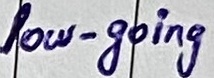
Text: pulse, 50mA